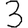
Digit: 3